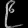
Digit: ၉